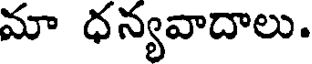
మా ధన్యవాదాలు.